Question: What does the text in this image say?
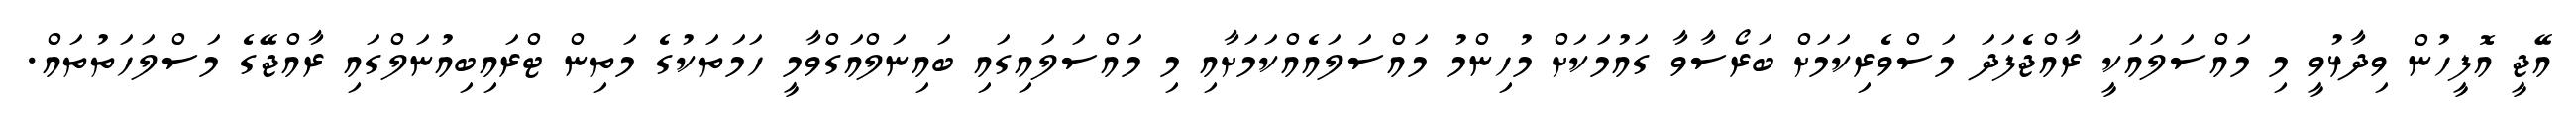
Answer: އޭޖީ އޮފީހުން ވިދާޅުވީ މި މައްސަލައަކީ ރާއްޖެފަދަ މަސްވެރިކަމަށް ބަރޯސާވާ ގައުމަކަށް މުހިންމު މައްސަލައެއްކަމަށާއި މި މައްސަލައިގައި ބައިނަލްއަގްވާމީ ހަމަތަކުގެ މަތިން ޓްރައިބިއުނަލްގައި ރާއްޖޭގެ މަސްލަހަތުތައް.